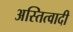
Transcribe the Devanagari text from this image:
अस्तित्वादी